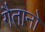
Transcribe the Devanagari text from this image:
गैतानो